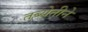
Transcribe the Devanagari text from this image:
तब्येतीने